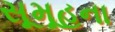
સૂમૂહના